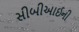
સીબીઆઈની